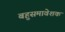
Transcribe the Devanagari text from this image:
बहुसमावेशक